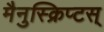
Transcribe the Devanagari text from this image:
मैनुस्क्रिप्टस्‌